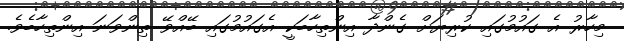
މިހާރު އެ ގައުމުގައި ކުރިޔަށް ގެންދާ އިންތިހާބަކީީ އެގައުމުގައި ބޭއްވޭ ތިންވަނަ އިންތިހާބެވެ.